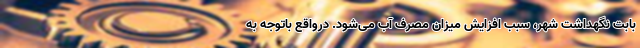
بابت نگهداشت شهر، سبب افزایش میزان مصرف آب می‌شود. درواقع باتوجه ‌به